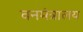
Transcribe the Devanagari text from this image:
वनमंत्रालय